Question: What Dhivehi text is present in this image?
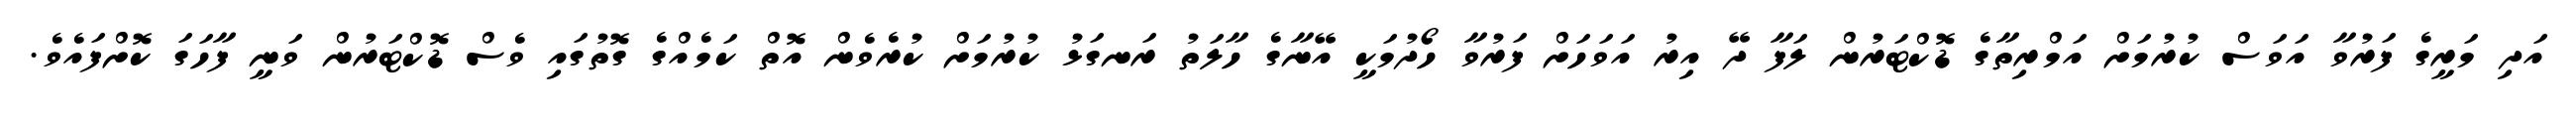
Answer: އަދި މަރީގެ ފަރުވާ އަވަސް ކުރުމަށް އަމްރިތާގެ ޑޮކްޓަރުން ލަފާ ދޭ އިރު އަވަހަށް ފަރުވާ ހޯދުމަކީ އޭނާގެ ހާލަތު ރަނގަޅު ކުރުމަށް ކުރެވެން އޮތް ކަމެއްގެ ގޮތުގައި ވެސް ޑޮކްޓަރުން ވަނީ ފާހަގަ ކޮށްފައެވެ.